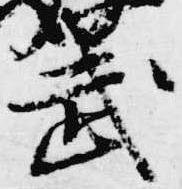
武